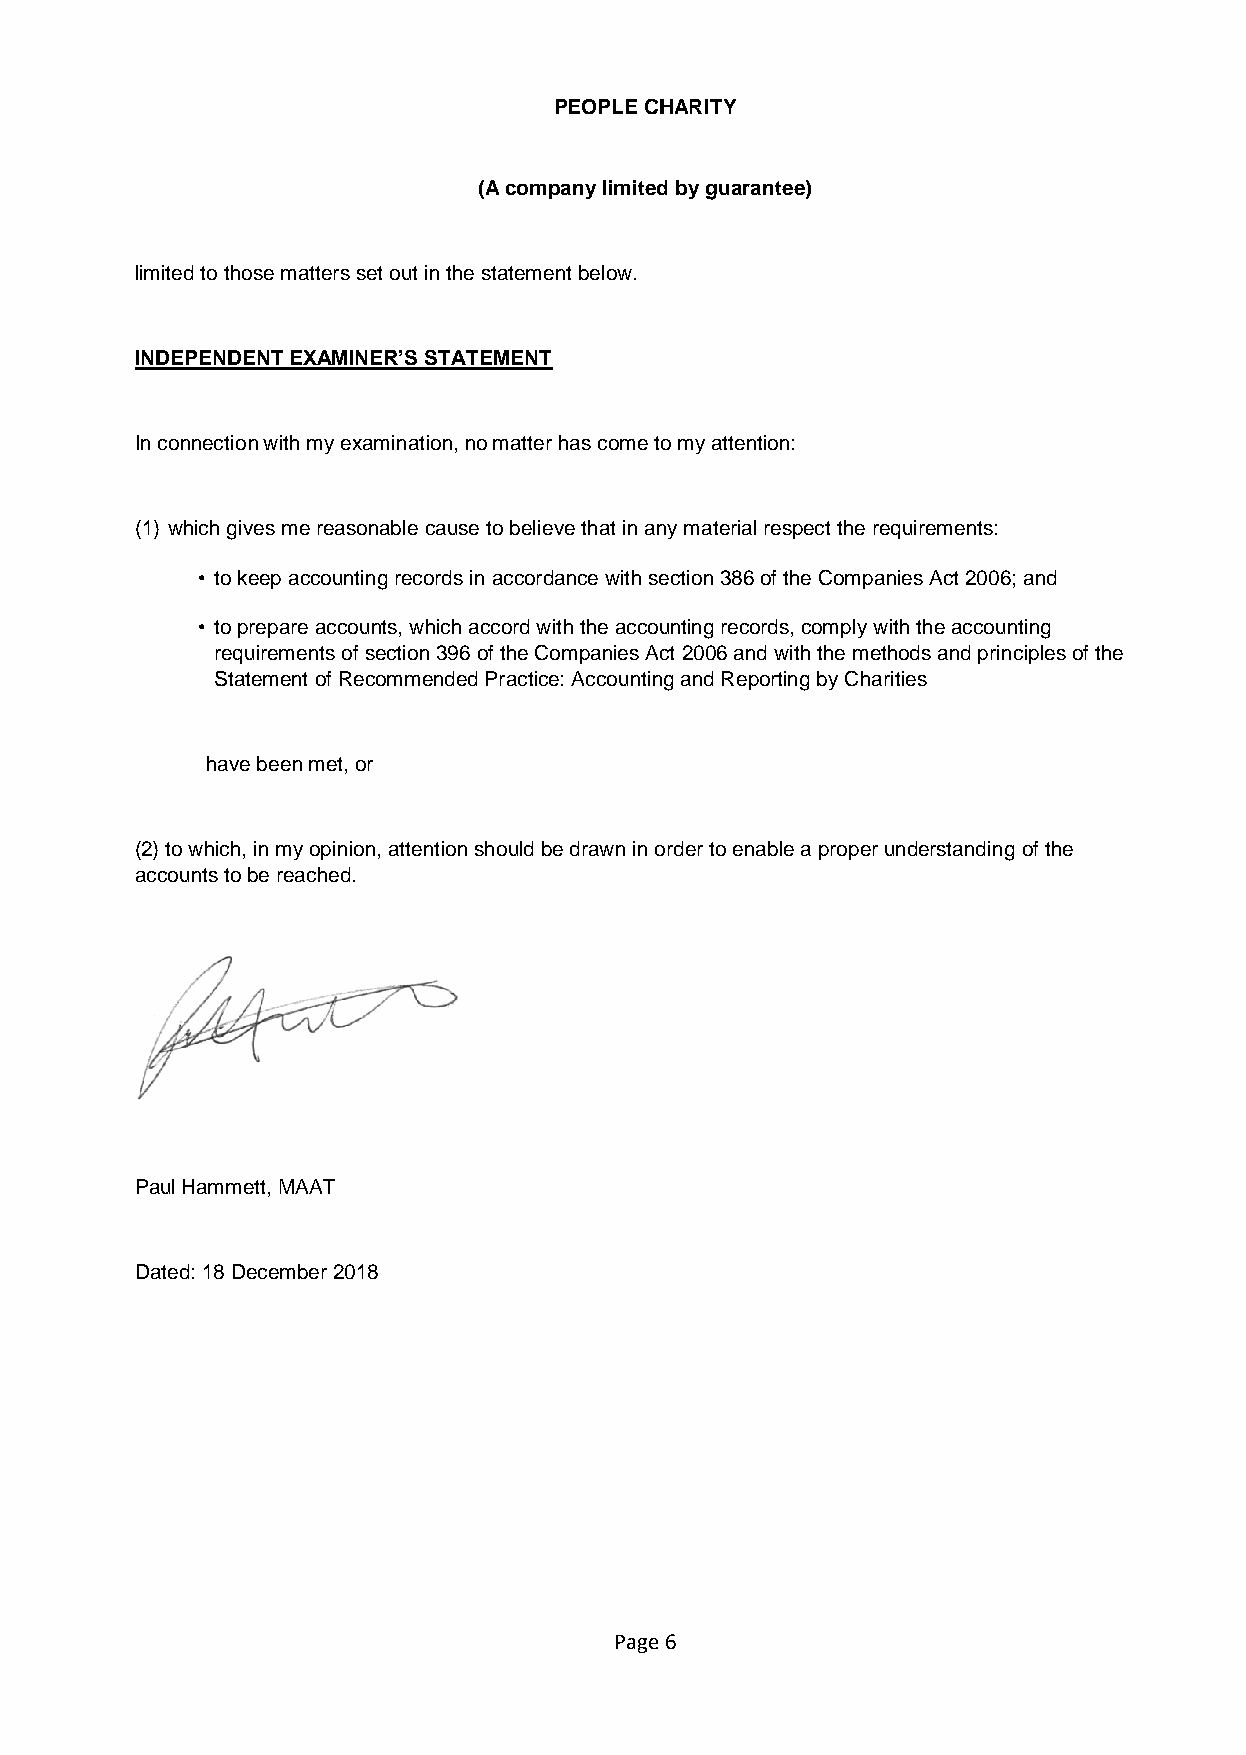
PEOPLE CHARITY
 (A company limited by guarantee)
 limited to those matters set out in the statement below.
 INDEPENDENT EXAMINER’S STATEMENT
 In connection with my examination, no matter has come to my attention:
 (1) which gives me reasonable cause to believe that in any material respect the requirements:
 • to keep accounting records in accordance with section 386 of the Companies Act 2006; and
 • to prepare accounts, which accord with the accounting records, comply with the accounting
 requirements of section 396 of the Companies Act 2006 and with the methods and principles of the
 Statement of Recommended Practice: Accounting and Reporting by Charities
 have been met, or
 (2) to which, in my opinion, attention should be drawn in order to enable a proper understanding of the
 accounts to be reached.
 Paul Hammett, MAAT
 Dated: 18 December 2018
 Page 6